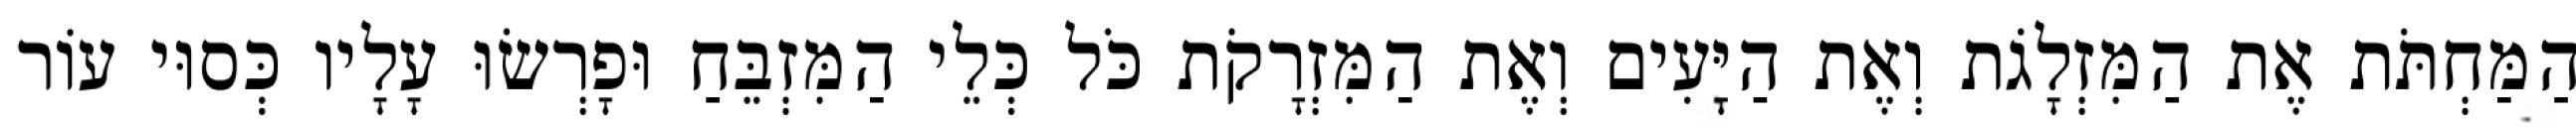
הַמַּחְתֹּת אֶת הַמִּזְלָגֹת וְאֶת הַיָּעִים וְאֶת הַמִּזְרָקֹת כֹּל כְּלֵי הַמִּזְבֵּחַ וּפָרְשׂוּ עָלָיו כְּסוּי עוֹר